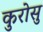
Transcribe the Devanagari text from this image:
कुरोसु